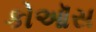
કોઑસ